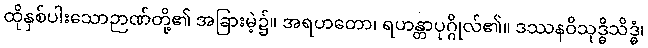
ထိုနှစ်ပါးသောဉာဏ်တို့၏ အခြားမဲ့၌။ အရဟတော၊ ရဟန္တာပုဂ္ဂိုလ်၏။ ဒဿနဝိသုဒ္ဓိသိဒ္ဓံ၊